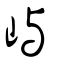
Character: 嶼